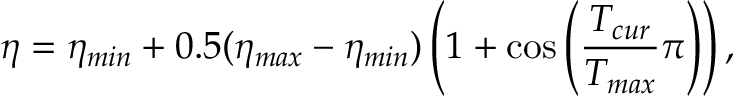
\eta = \eta _ { m i n } + 0 . 5 ( \eta _ { m a x } - \eta _ { m i n } ) \left( 1 + \cos \left( \frac { T _ { c u r } } { T _ { m a x } } \pi \right) \right) ,